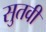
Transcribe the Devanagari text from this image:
सुतवी